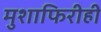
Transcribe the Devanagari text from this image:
मुशाफिरीही